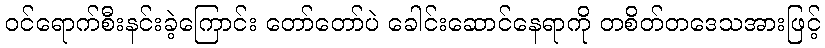
ဝင်ရောက်စီးနင်းခဲ့ကြောင်း တော်တော်ပဲ ခေါင်းဆောင်နေရာကို တစိတ်တဒေသအားဖြင့်